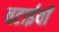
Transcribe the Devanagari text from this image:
चटाईयों